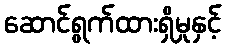
ဆောင်ရွက်ထားရှိမှုနှင့်